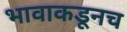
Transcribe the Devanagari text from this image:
भावाकडूनच